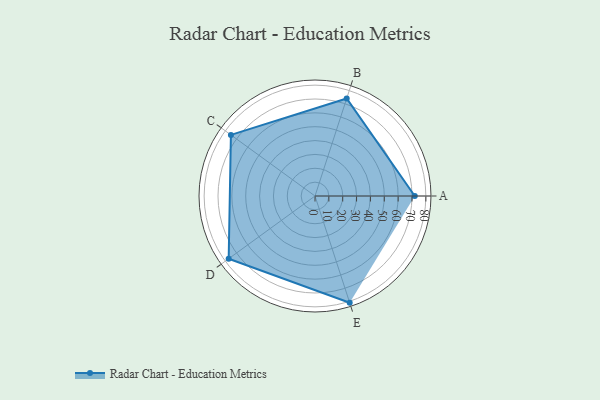
{"axis": {"x": "Skill", "y": "Score"}, "legend": ["Profile"], "data": [{"x": "A", "y": 72.0, "type": "Profile"}, {"x": "B", "y": 74.0, "type": "Profile"}, {"x": "C", "y": 75.0, "type": "Profile"}, {"x": "D", "y": 77.0, "type": "Profile"}, {"x": "E", "y": 81.0, "type": "Profile"}]}